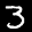
Label: 3